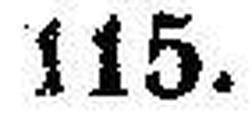
115.